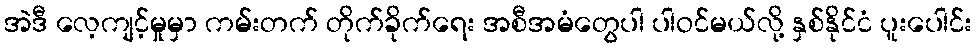
အဲဒီ လေ့ကျင့်မှုမှာ ကမ်းတက် တိုက်ခိုက်ရေး အစီအမံတွေပါ ပါဝင်မယ်လို့ နှစ်နိုင်ငံ ပူးပေါင်း